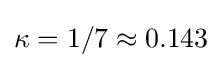
{\textstyle \kappa =1/7\approx 0.143}